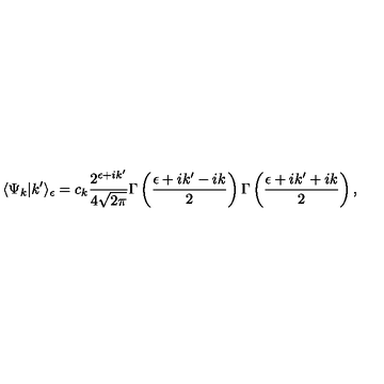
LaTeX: \langle \Psi _ { k } | k ^ { \prime } \rangle _ { \epsilon } = c _ { k } \frac { 2 ^ { \epsilon + i k ^ { \prime } } } { 4 \sqrt { 2 \pi } } \Gamma \left( \frac { \epsilon + i k ^ { \prime } - i k } { 2 } \right) \Gamma \left( \frac { \epsilon + i k ^ { \prime } + i k } { 2 } \right) ,